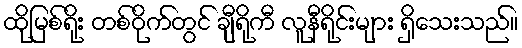
ထိုမြစ်ရိုး တစ်ဝိုက်တွင် ချီရိုကီ လူနီရိုင်းများ ရှိသေးသည်။